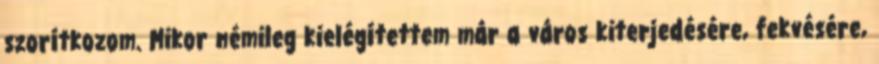
szorítkozom. Mikor némileg kielégítettem már a város kiterjedésére, fekvésére,